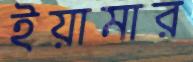
ইয়ামার